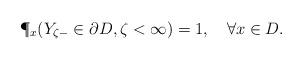
LaTeX: \begin{align*}\P_x(Y_{\zeta-}\in\partial D,\zeta<\infty)=1,\quad\forall x\in D.\end{align*}